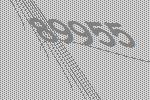
89955